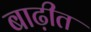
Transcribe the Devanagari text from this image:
बाढ़ीत